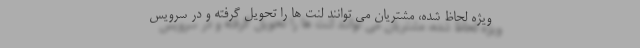
ویژه لحاظ شده، مشتریان می توانند لنت ها را تحویل گرفته و در سرویس